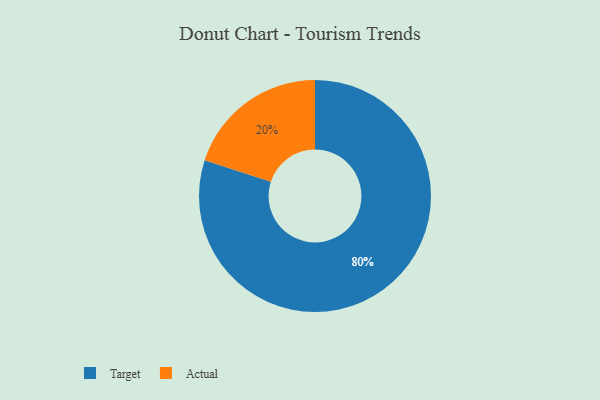
{"axis": {"x": "Category", "y": "Percentage"}, "legend": ["Actual", "Target"], "data": [{"x": "Actual", "y": 20, "type": "Actual"}, {"x": "Target", "y": 80, "type": "Target"}]}